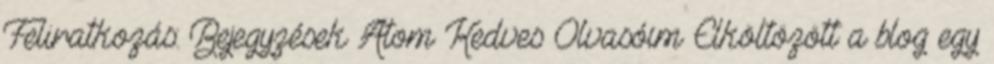
Feliratkozás: Bejegyzések Atom Kedves Olvasóim Elköltözött a blog egy